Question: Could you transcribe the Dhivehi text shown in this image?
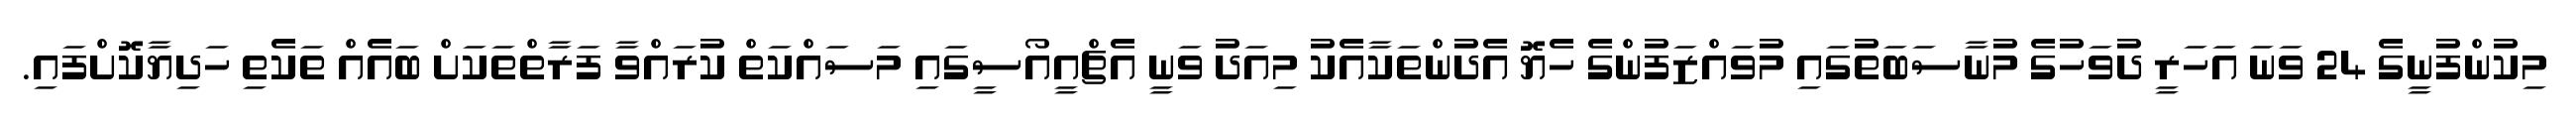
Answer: މިކުންފުނީގެ 24 ވަނަ އަހަރީ ދުވަހުގެ މުނާސަބަތުގައި މުވައްޒަފުންގެ ހެޔޮ އެދުންތަކާއެކު މިއަދު ވަނީ އެޗްއީއޯސީގައި މަސައްކަތް ކުރައްވާ ފަރާތްތަކަށް ބައެއް ތަކެތި ހަދިޔާކޮށްފައި.